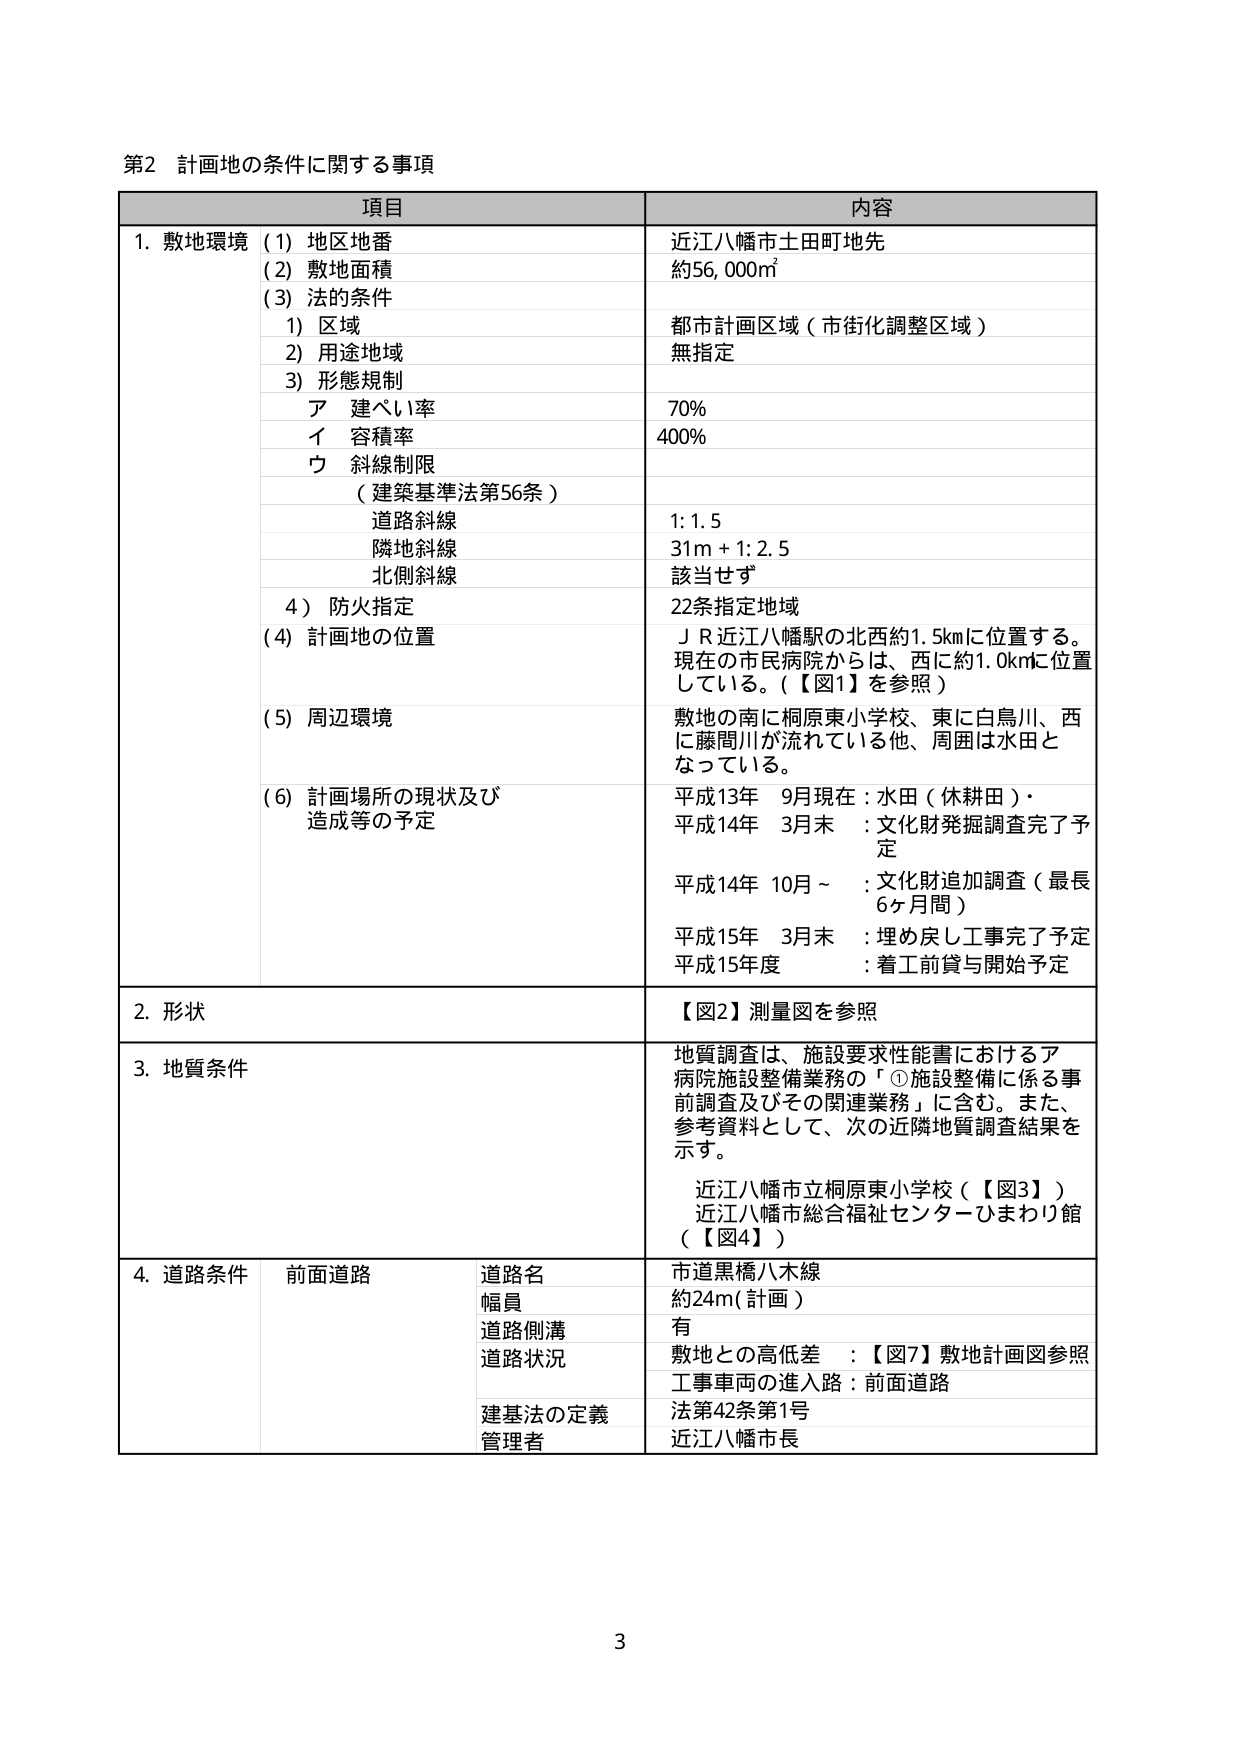
第2 計画地の条件に関する事項

項目 内容

1. 敷地環境 (1) 地区地番 近江八幡市土田町地先
(2) 敷地面積 約56,000㎡
(3) 法的条件
1) 区域 都市計画区域（市街化調整区域）
2) 用途地域 無指定
3) 形態規制
ア 建ぺい率 70%
イ 容積率 400%
ウ 斜線制限
（建築基準法第56条）
道路斜線 1:1.5
隣地斜線 31m + 1:2.5
北側斜線 該当せず
4) 防火指定 22条指定地域
(4) 計画地の位置 ＪＲ近江八幡駅の北西約1.5kmに位置する。
現在の市民病院からは、西に約1.0kmに位置している。（【図1】を参照）
(5) 周辺環境 敷地の南に桐原東小学校、東に白鳥川、西に藤間川が流れている他、周囲は水田となっている。
(6) 計画場所の現状及び造成等の予定 平成13年 9月現在：水田（休耕田）・
平成14年 3月末 ：文化財発掘調査完了予定
平成14年 10月～ ：文化財追加調査（最長6ヶ月間）
平成15年 3月末 ：埋め戻し工事完了予定
平成15年度 ：着工前貸与開始予定

2. 形状 【図2】測量図を参照

3. 地質条件 地質調査は、施設要求性能書におけるア病院施設整備業務の「①施設整備に係る事前調査及びその関連業務」に含む。また、参考資料として、次の近隣地質調査結果を示す。
近江八幡市立桐原東小学校（【図3】）
近江八幡市総合福祉センターひまわり館（【図4】）

4. 道路条件 前面道路 道路名 市道黒橋八木線
幅員 約24m（計画）
道路側溝 有
道路状況 敷地との高低差 ：【図7】敷地計画図参照
工事車両の進入路：前面道路
建基法の定義 法第42条第1号
管理者 近江八幡市長

3